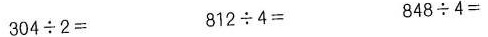
$$304\div2＝$$ $$812\div4＝$$ $$ 848\div4＝$$